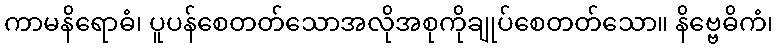
ကာမနိရောဓံ၊ ပူပန်စေတတ်သောအလိုအစုကိုချုပ်စေတတ်သော။ နိဗ္ဗေဓိကံ၊